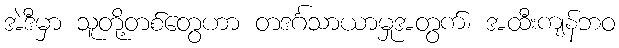
အဲဒီမှာ သူတို့တစ်တွေဟာ တဒင်္ဂသာယာမှုအတွက်၊ အထီးကျန်ဘဝ